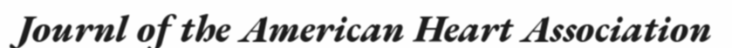
Journl of the American Heart Association